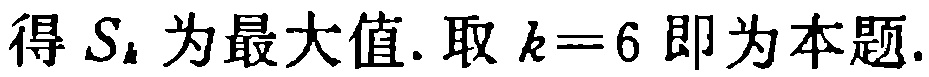
得 \(S_{k}\) 为最大值. 取 \(k = 6\) 即为本题.